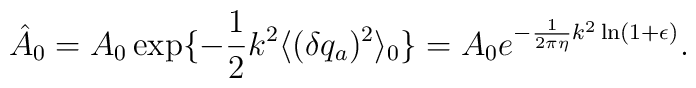
\hat{A}_0=A_0\exp\{-\frac{1}{2}k^2 \langle (\delta q_a)^2 \rangle_0 \}=A_0e^{-\frac{1}{2\pi\eta}k^2\ln(1+\epsilon)}.